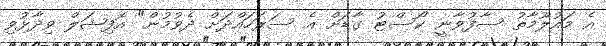
އެ މައުލޫމާތު ސާފުވާނީ ކޯސްޓު ގާޑަށް އެ ސަރަހައްދަށް ދެވުމުން" އޮފިޝަލް ވިދާޅުވި